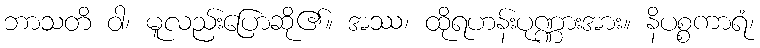
ဘာသတိ ဝါ၊ မူလည်းပြောဆို၏။ အဿ၊ ထိုရဟန်းပုဏ္ဏားအား။ နိပစ္စကာရံ၊